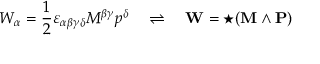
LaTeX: W _ { \alpha } = { \frac { 1 } { 2 } } \varepsilon _ { \alpha \beta \gamma \delta } M ^ { \beta \gamma } p ^ { \delta } \quad \rightleftharpoons \quad \mathbf { W } = \star ( \mathbf { M } \wedge \mathbf { P } )